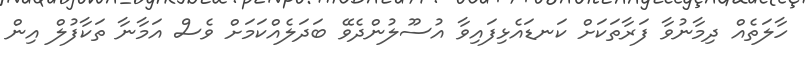
ހާލަތެއް ދިމާނުވާ ފަރާތަކަށް ކަނޑައެޅިފައިވާ އުސޫލުންދެވޭ ބަދަލެއްކަމަށް ވެސް އަމާނާ ތަކާފުލް އިން